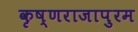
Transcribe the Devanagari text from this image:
कृष्णराजापुरम